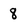
Character: 8